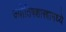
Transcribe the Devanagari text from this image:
ज्योतिषशास्त्रामध्ये